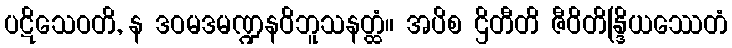
ပဋိသေဝတိ, န ဒဝမဒမဏ္ဍနဝိဘူသနတ္ထံ။ အပိစ ဌိတီတိ ဇီဝိတိန္ဒြိယဿေတံ